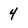
Character: 4